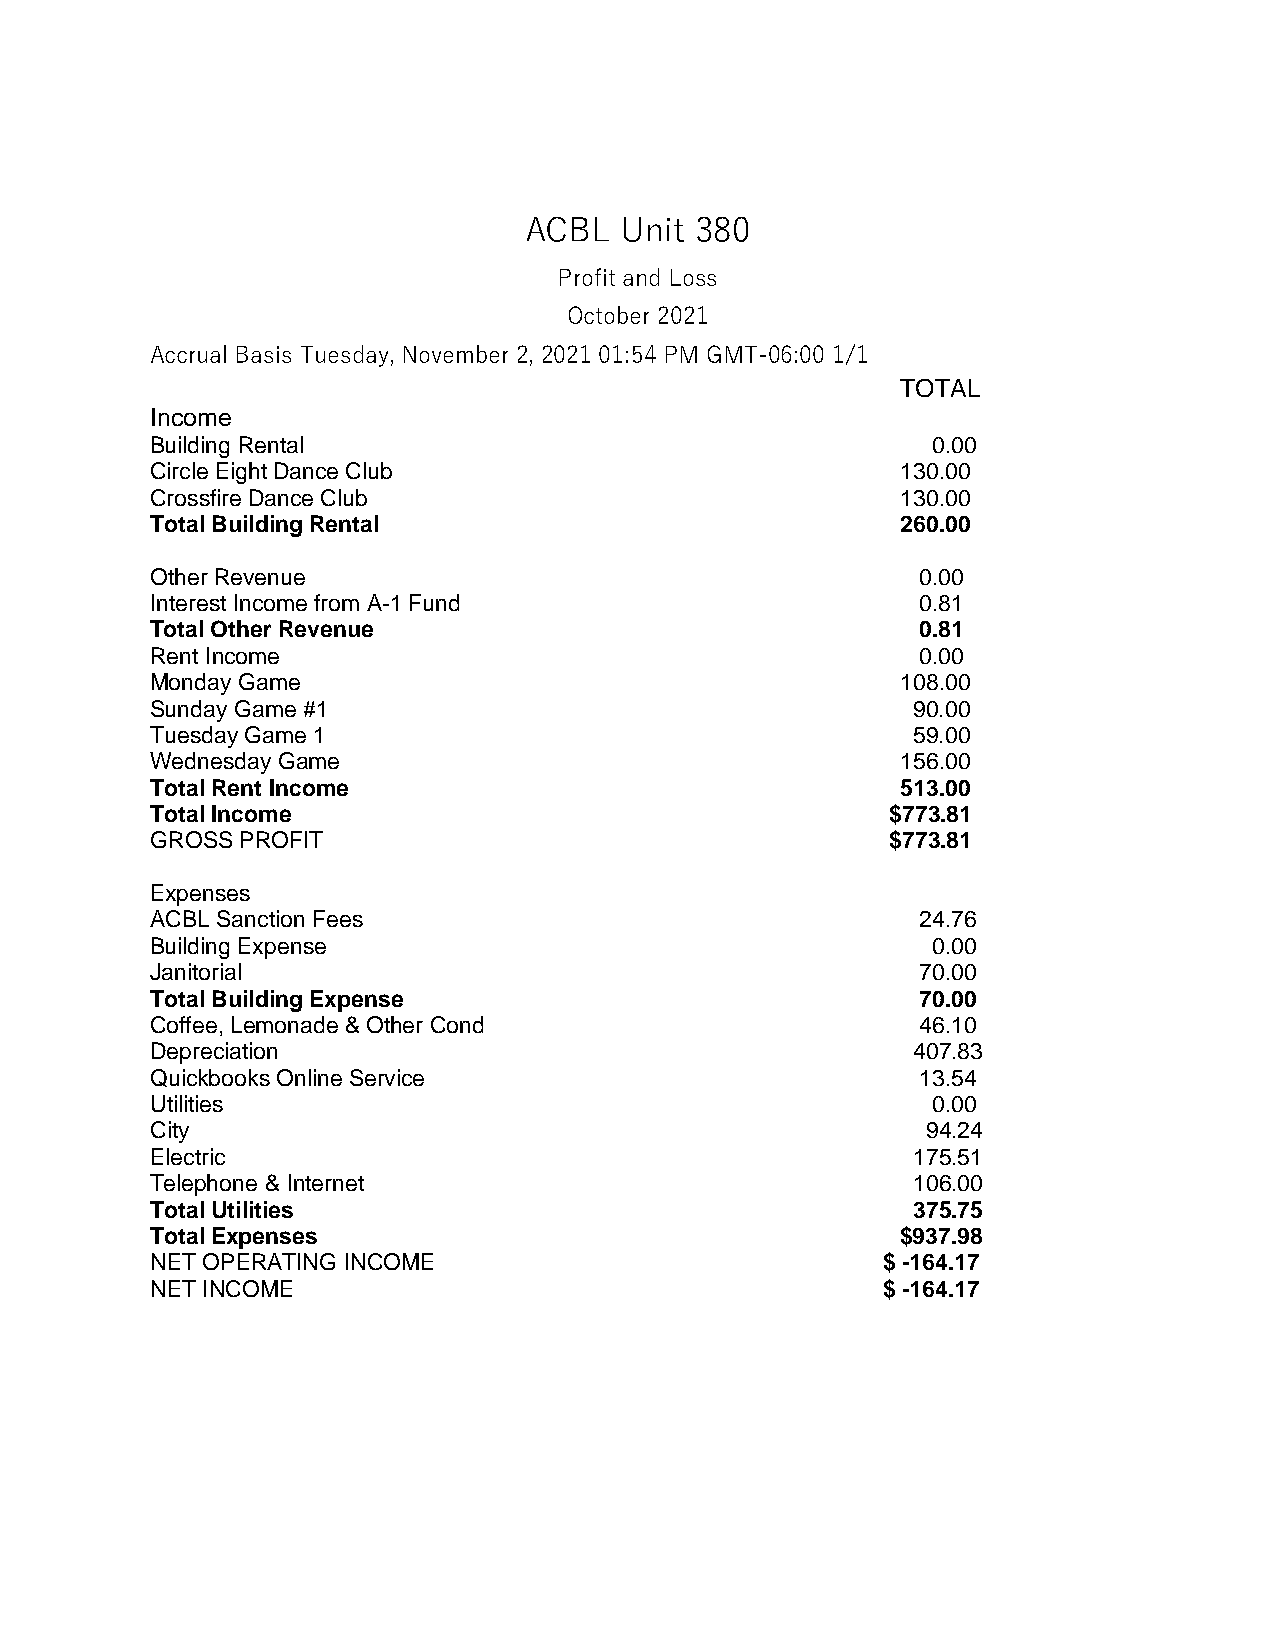
ACBL  Unit 380
 Profit and Loss
 October 2021
 Accrual Basis Tuesday, November 2, 2021 01:54 PM GMT-06:00 1/1
 TOTAL
 Income
 Building Rental                                     0.00
 Circle Eight Dance Club                           130.00
 Crossfire Dance Club                              130.00
 Total Building Rental                             260.00
 Other Revenue                                      0.00
 Interest Income from A-1 Fund                      0.81
 Total Other Revenue                                0.81
 Rent Income                                        0.00
 Monday Game                                       108.00
 Sunday Game #1                                    90.00
 Tuesday Game 1                                    59.00
 Wednesday Game                                    156.00
 Total Rent Income                                 513.00
 Total Income                                     $773.81
 GROSS PROFIT                                     $773.81
 Expenses
 ACBL Sanction Fees                                 24.76
 Building Expense                                    0.00
 Janitorial                                         70.00
 Total Building Expense                             70.00
 Coffee, Lemonade & Other Cond                      46.10
 Depreciation                                      407.83
 Quickbooks Online Service                          13.54
 Utilities                                           0.00
 City                                               94.24
 Electric                                          175.51
 Telephone & Internet                              106.00
 Total Utilities                                   375.75
 Total Expenses                                    $937.98
 NET OPERATING INCOME                            $ -164.17
 NET INCOME                                      $ -164.17